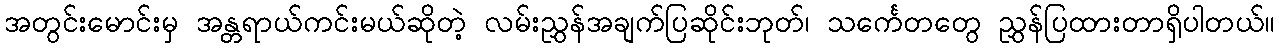
အတွင်းမောင်းမှ အန္တရာယ်ကင်းမယ်ဆိုတဲ့ လမ်းညွှန်အချက်ပြဆိုင်းဘုတ်၊ သင်္ကေတတွေ ညွှန်ပြထားတာရှိပါတယ်။